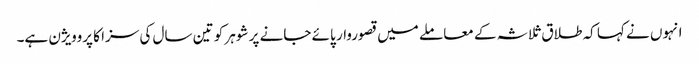
انہوں نے کہا کہ طلاق ثلاثہ کے معاملے میں قصوروار پائے جانے پر شوہر کو تین سال کی سزا کا پروویژن ہے۔